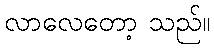
လာလေတော့ သည်။